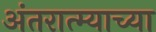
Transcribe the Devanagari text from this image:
अंतरात्म्याच्या